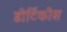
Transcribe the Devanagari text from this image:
डोर्टिकोस